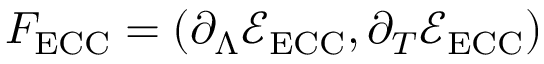
F _ { \mathrm { E C C } } = ( \partial _ { \Lambda } \mathcal E _ { \mathrm { E C C } } , \partial _ { T } \mathcal E _ { \mathrm { E C C } } )